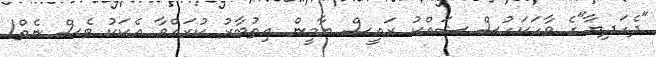
"ދެހަދިޔާ"ގެ ވާހަކަހުސް ޝައްކު ރައީސް ޔާމީން އިތުބާރު ކުރައްވާ އެކަކު ވެސް ނެތް!